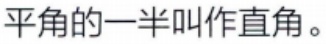
平角的一半叫作直角。